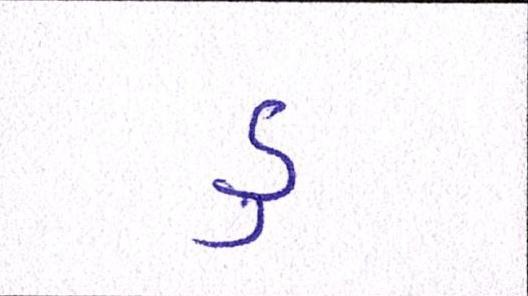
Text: ડુ